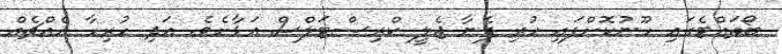
ބޯތައްޓެގައި ހޫނުކޮށްފައި ހުރި ފެނާ ޖެލީ ކްރިސްޓަލްސް އަޅާށެވެ. އަދި ހުރިހާ އެއްޗެއް